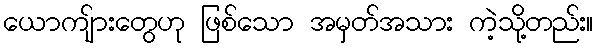
ယောကျ်ားတွေဟု ဖြစ်သော အမှတ်အသား ကဲ့သို့တည်း။